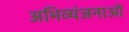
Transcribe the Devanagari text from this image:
अभिव्यंजनाओं